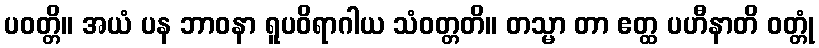
ပဝတ္တိ။ အယံ ပန ဘာဝနာ ရူပဝိရာဂါယ သံဝတ္တတိ။ တသ္မာ တာ ဧတ္ထ ပဟီနာတိ ဝတ္တုံ